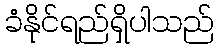
ခံနိုင်ရည်ရှိပါသည်